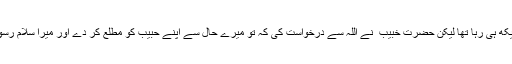
اس واقعہ کو اللہ تو دیکھ ہی رہا تھا لیکن حضرت خبیب ؓ نے اللہ سے درخواست کی کہ تو میرے حال سے اپنے حبیبؐ کو مطلع کر دے اور میرا سلام رسول اللہؐ تک پہنچا دے۔